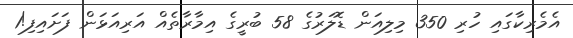
އެމެރިކާގައި ހުރި 350 މިލިއަން ޑޮލަރުގެ 58 ބުރީގެ އިމާރާތެއް އަރިއަޅަން ފަށައިފި!1